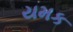
યમક